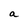
Character: a